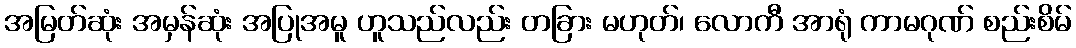
အမြတ်ဆုံး အမှန်ဆုံး အပြုအမူ ဟူသည်လည်း တခြား မဟုတ်၊ လောကီ အာရုံ ကာမဂုဏ် စည်းစိမ်